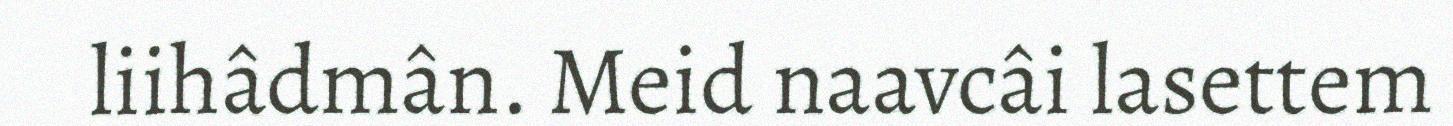
liihâdmân. Meid naavcâi lasettem